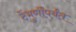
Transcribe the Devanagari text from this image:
टेंभुर्णींपर्यंत